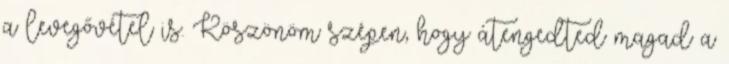
a levegővétel is. Köszönöm szépen, hogy átengedted magad a